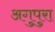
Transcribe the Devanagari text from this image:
अगुपुरा